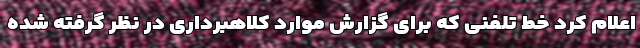
اعلام کرد خط تلفنی که برای گزارش موارد کلاهبرداری در نظر گرفته شده